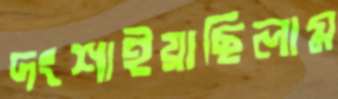
দংশাইয়াছিলাম